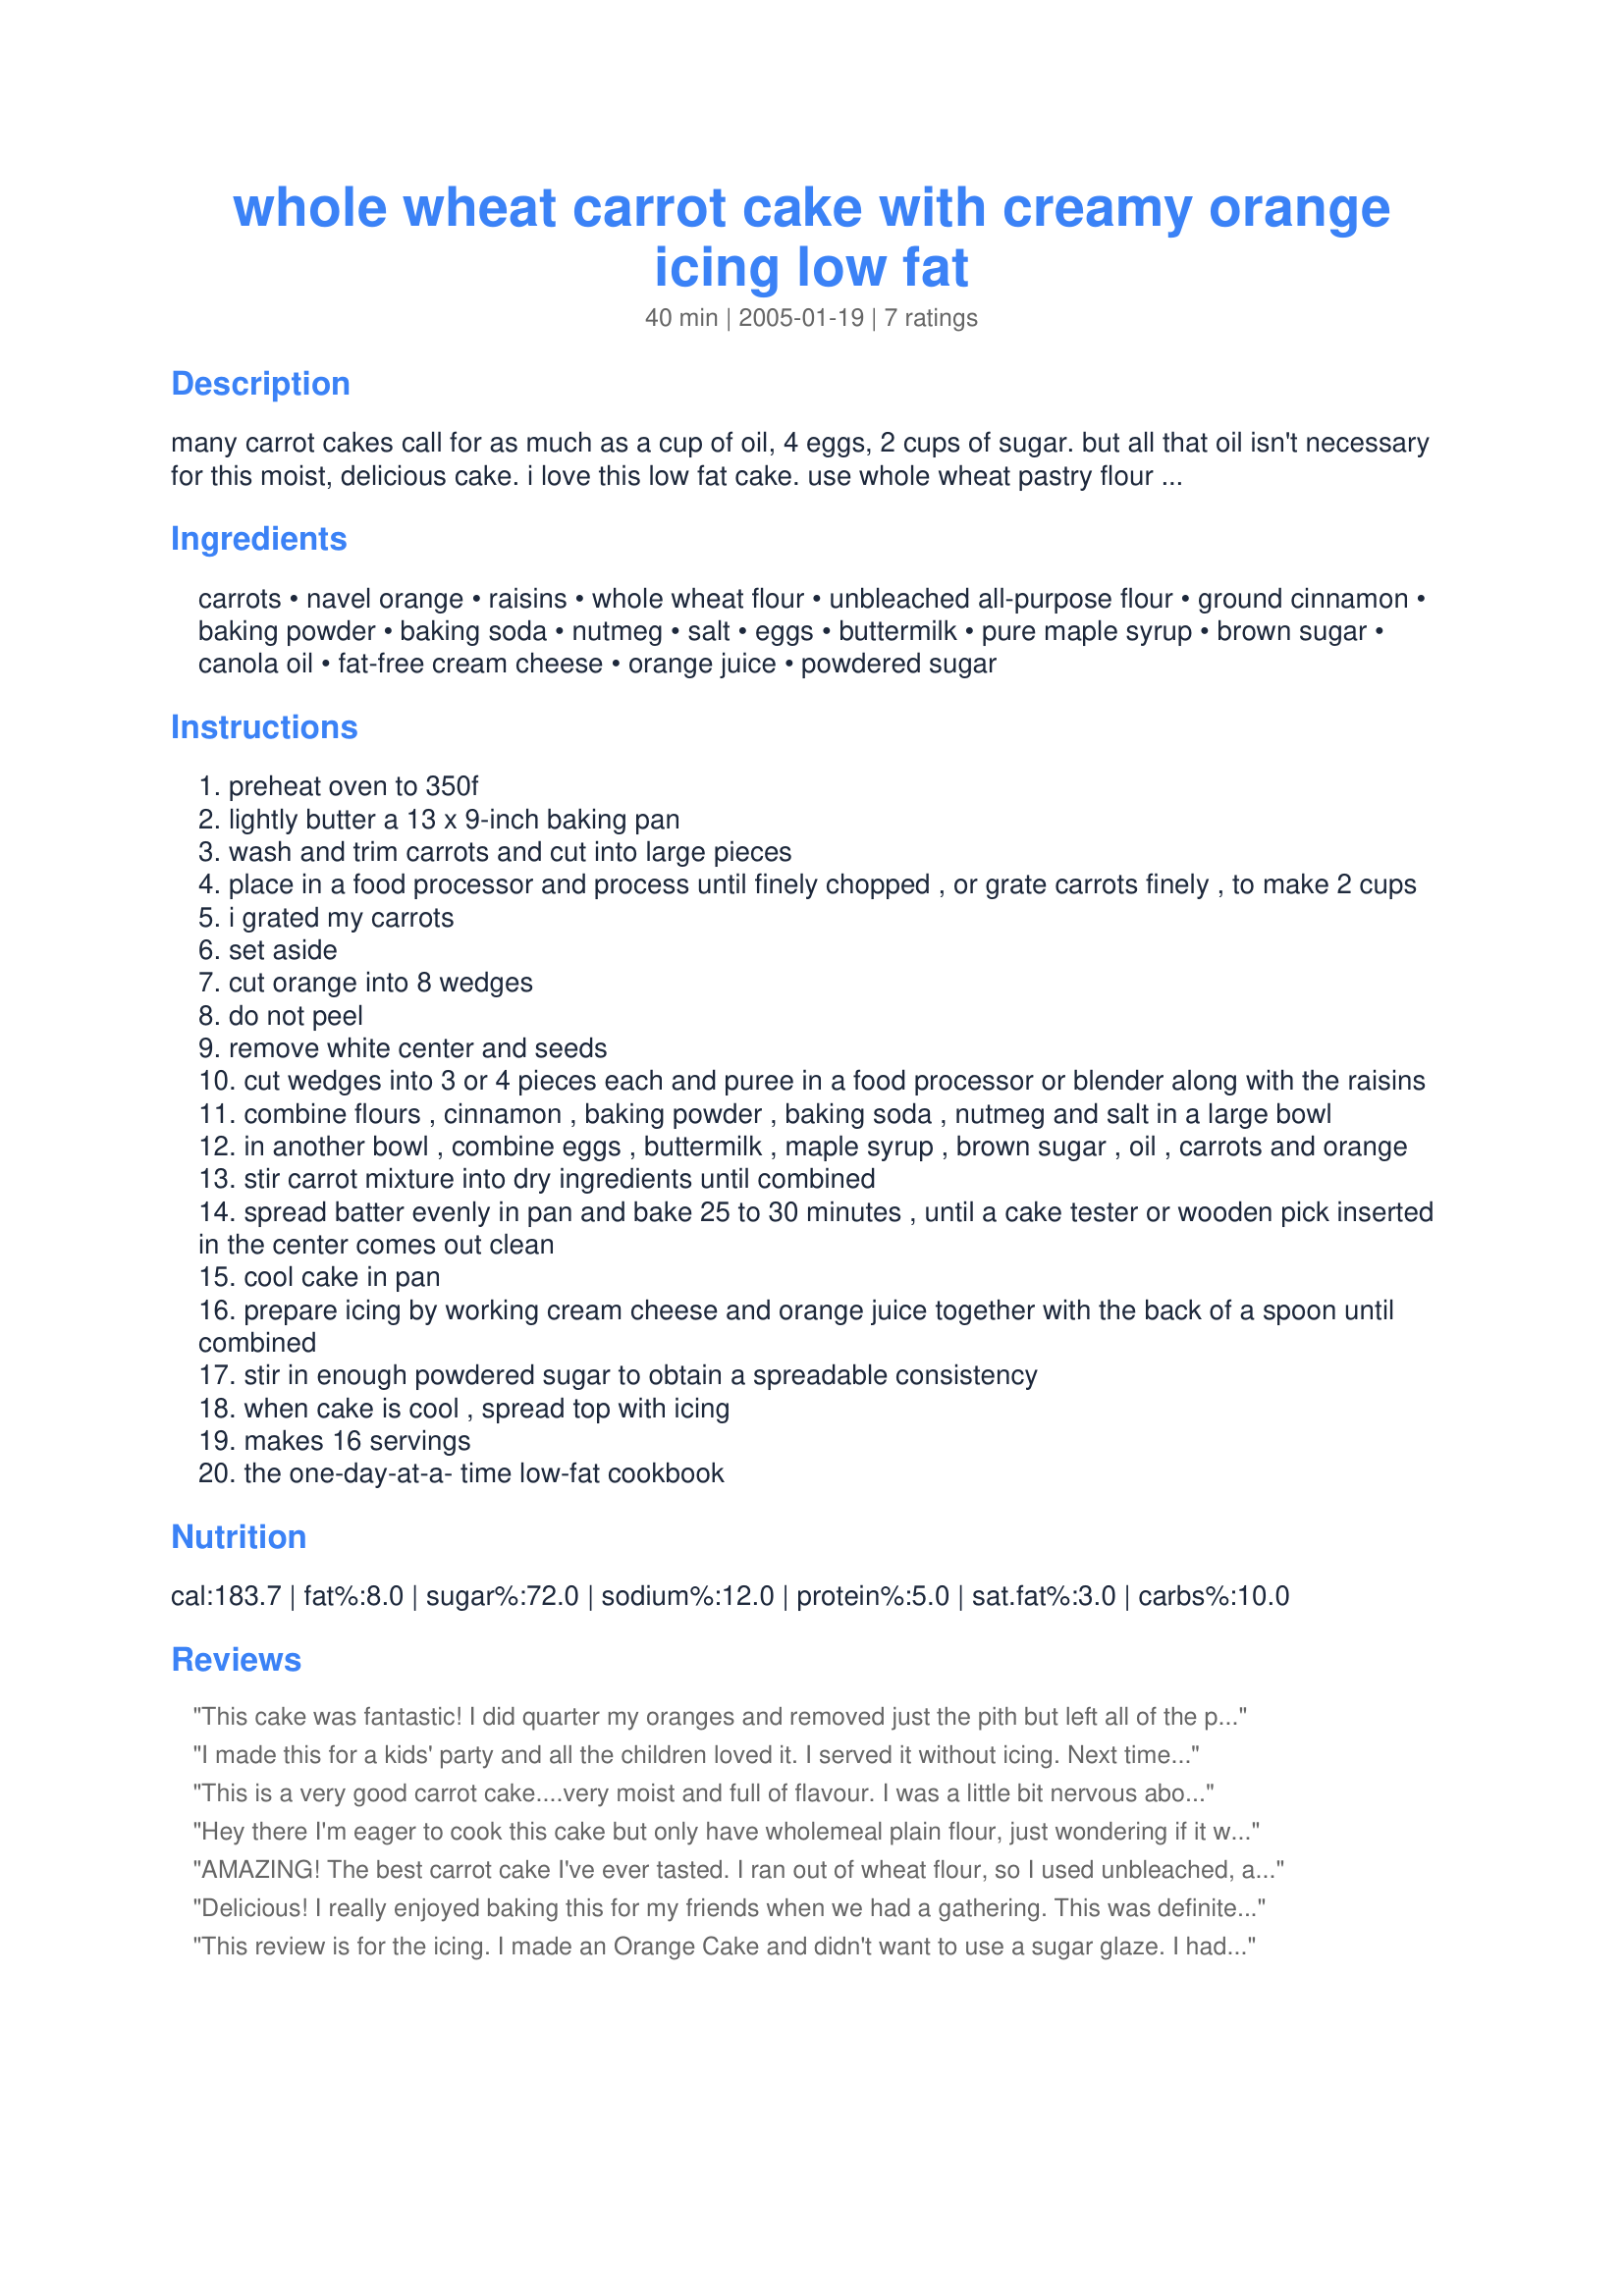
whole wheat carrot cake with creamy orange icing low fat
Preparation time: 40 minutes

many carrot cakes call for as much as a cup of oil, 4 eggs, 2 cups of sugar. but all that oil isn't necessary for this moist, delicious cake. i love this low fat cake. use whole wheat pastry flour found in health food stores. you can use whole wheat flour but the cake will be denser. i also sifted my all purpose flour.

Ingredients:
carrots, navel orange, raisins, whole wheat flour, unbleached all-purpose flour, ground cinnamon, baking powder, baking soda, nutmeg, salt, eggs, buttermilk, pure maple syrup, brown sugar, canola oil, fat-free cream cheese, orange juice, powdered sugar

Steps:
preheat oven to 350f
lightly butter a 13 x 9-inch baking pan
wash and trim carrots and cut into large pieces
place in a food processor and process until finely chopped , or grate carrots finely , to make 2 cups
i grated my carrots
set aside
cut orange into 8 wedges
do not peel
remove white center and seeds
cut wedges into 3 or 4 pieces each and puree in a food processor or blender along with the raisins
combine flours , cinnamon , baking powder , baking soda , nutmeg and salt in a large bowl
in another bowl , combine eggs , buttermilk , maple syrup , brown sugar , oil , carrots and orange
stir carrot mixture into dry ingredients until combined
spread batter evenly in pan and bake 25 to 30 minutes , until a cake tester or wooden pick inserted in the center comes out clean
cool cake in pan
prepare icing by working cream cheese and orange juice together with the back of a spoon until combined
stir in enough powdered sugar to obtain a spreadable consistency
when cake is cool , spread top with icing
makes 16 servings
the one-day-at-a- time low-fat cookbook

Reviews:
This cake was fantastic! I did quarter my oranges and removed just the pith but left all of the peel to be used. I was worried it would be too bitter. I also used whole wheat pastry flour for all of the flour. I pureed the orange and added the eggs, buttermilk, oil, syrup, and sugar to the processor to ensure that everything was smooth. The orange was not overpowering at all. I will make this again and as muffins too. I did make my icing thick so that it barely dripped over the top. I sprinkled it with pastel sugars and served it on Easter. All the guests didn't realize it was healthy until I told them!
I made this for a kids' party and all the children loved it. I served it without icing. Next time I might try a mini-processor for the orange: my normal size Cuisinart could not really pulverize it and as a result I could taste bits of peel that were larger than I would prefer in the final cake. If you like marmalade (I do) this will not bother you much! I used whole wheat pastry flour for the whole wheat part, per the note.
This is a very good carrot cake....very moist and full of flavour. I was a little bit nervous about using the whole orange, skin and all, but it gave an amazing orange flavour wthout being overpowering. I used a bundt pan and baked it for around 45 minutes. The only thing I changed was that I didn't have buttermilk so I used regular milk that I soured with a bit of vinegar. I did use more orange juice in the icing because I wanted it to be a bit thinner, more like a glaze, and I put a bit of orange zest into the icing as well. Also, I could not find whole wheat pastry flour, so I used regular whole wheat flour and white pastry flour instead of the all purpose. Great recipe...thanks!
Hey there I'm eager to cook this cake but only have wholemeal plain flour, just wondering if it would work out any feedback welcome! Cheers, Linney ????
AMAZING! The best carrot cake I've ever tasted. I ran out of wheat flour, so I used unbleached, and put oatmeal in the blender + grinded to make oat flour, which worked just as well as wheat flour ( my dad is anti- health food and he didn't even notice!) To add extra tang, add a little more orange juice to the frosting. Delish!
Delicious! I really enjoyed baking this for my friends when we had a gathering. This was definitely the highlight of our meal, thanks for posting the recipe!
A substitution that I made the second time around was replacing the orange with about a cup of drained, crushed pineapple. Although it got rid of the orange flavor in the cake, it gave the cake a little different texture and taste. Personally, I like it both ways. Just a suggestion :)
This review is for the icing. I made an Orange Cake and didn't want to use a sugar glaze. I had put the cake in a bundt pan and just wanted a small amount of soft icing to use as an icing<br/>glaze for decoratioon. I used 1/2 Cup Powdered Sugar, about 3 tsp. orange juice and added 1 1/2 tsp. grated orange rind. It was "finger licking good" and perfect for the cake. I took the finished cake to a family "do" and it was loved by all. Many asked for your recipe. Your recipe was "perfect". It was the perfece blend of sweet and tart! Thank you. P.S., I can't wait to make your carrot cake, my SIL will be in heaven when he tates your cake with this wonderful icing.
